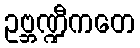
ဥဗ္ဘဏ္ဍီကတေ